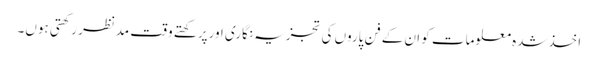
اخذشدہ معلومات کو ان کے فن پاروں کی تجزیہ نگاری اورپرکھتے وقت مدنظر رکھتی ہوں۔